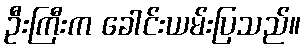
ဦးကြီးက ခေါင်းယမ်းပြသည်။